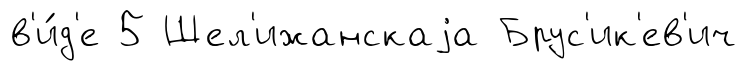
в'и́д'е 5 Шел'ижанскаjа Брус'ик'ев'ич